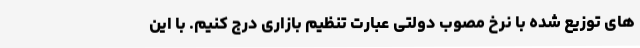
های توزیع شده با نرخ مصوب دولتی عبارت تنظیم بازاری درج کنیم. با این